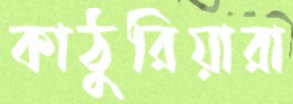
কাঠুরিয়ারা